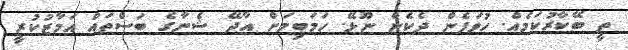
ތީ ބޭކާރުކަމެއް. ހުވަފެން ދެކެން ނޫޅޭ. ހަމަބިމަށް އާދޭ ޝެނާގެ ބަސްތައް އަމާޒުކުރީ